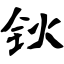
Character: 钬